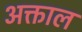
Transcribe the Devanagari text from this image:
अक्ताल